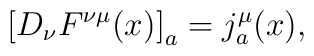
\bigl[D_{\nu}F^{\nu\mu}(x)\bigr]_a=j_a^{\mu}(x),